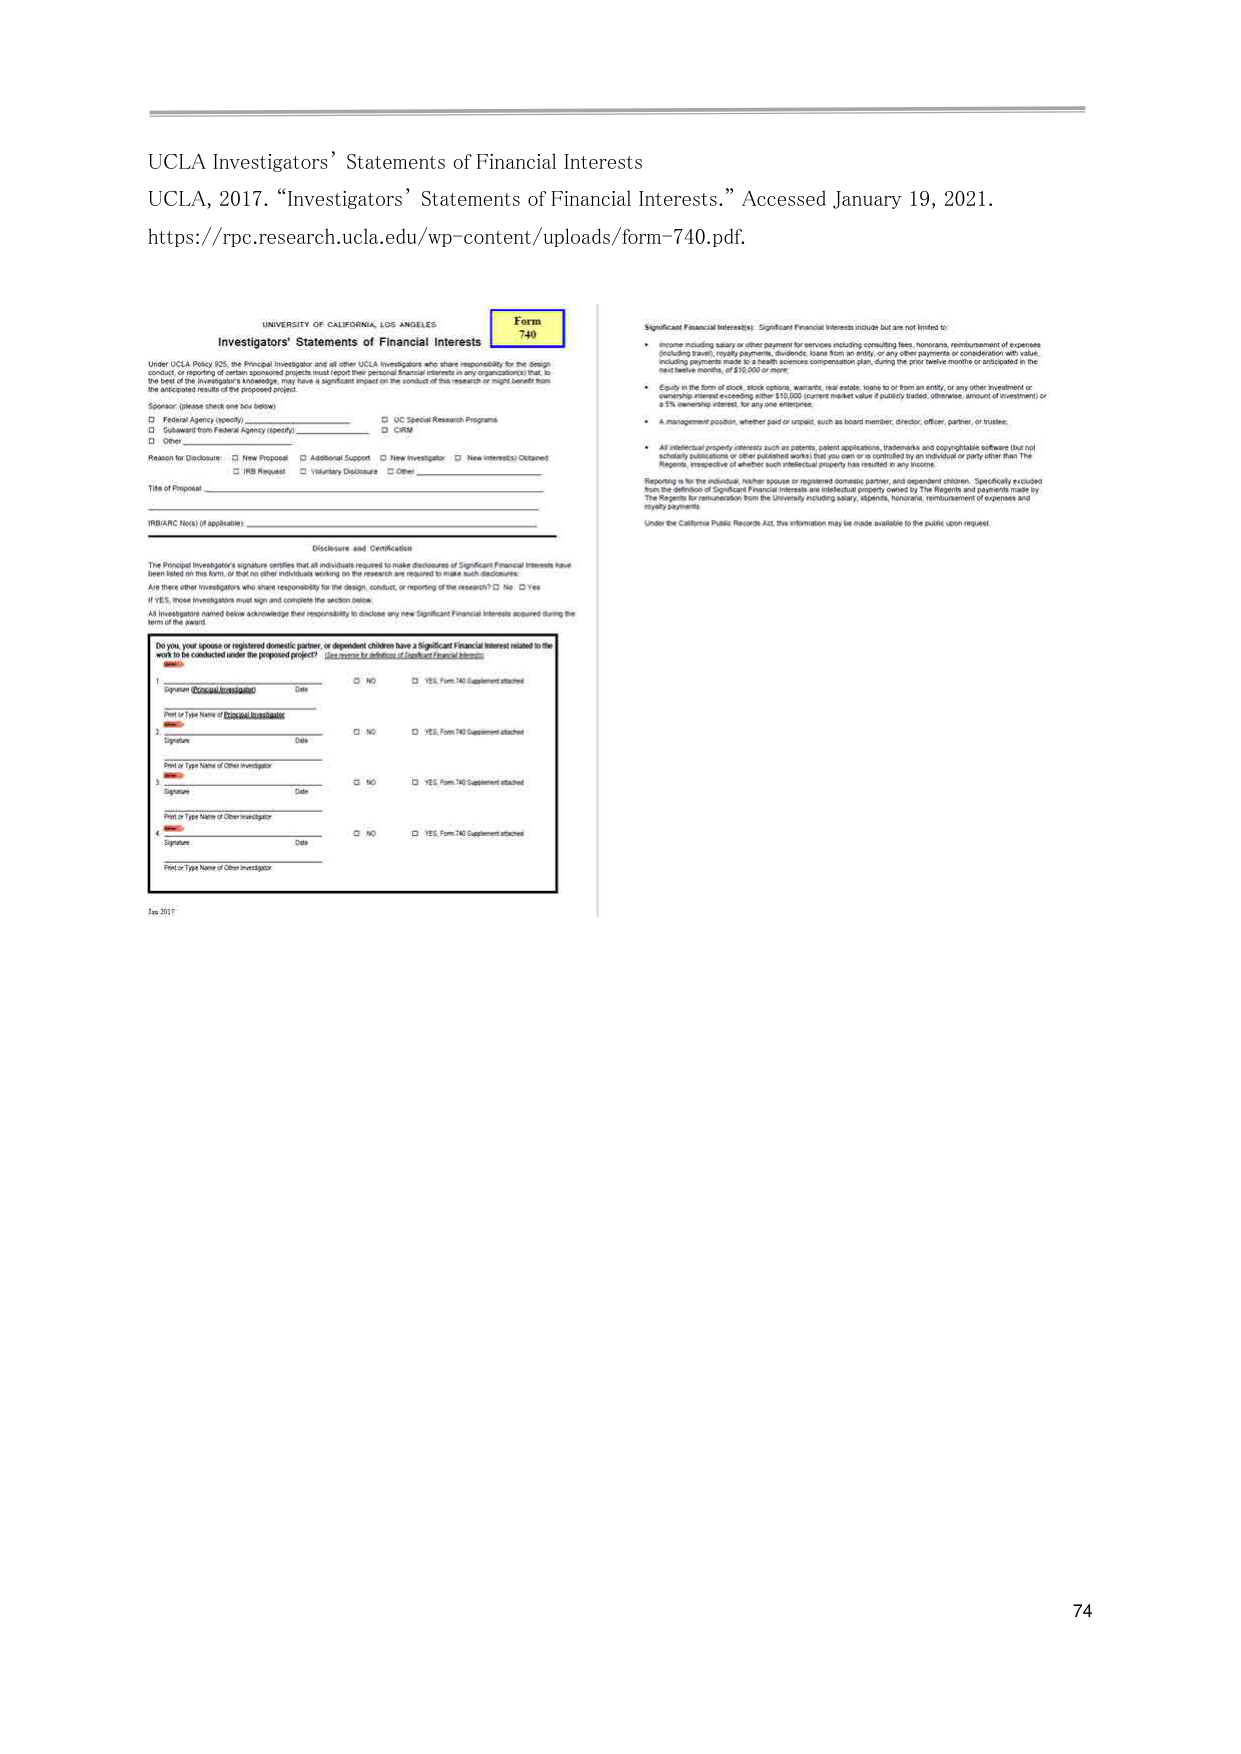
UCLA Investigators’ Statements of Financial Interests
UCLA, 2017. “Investigators’ Statements of Financial Interests.” Accessed January 19, 2021.
https://rpc.research.ucla.edu/wp-content/uploads/form-740.pdf.

UNIVERSITY OF CALIFORNIA, LOS ANGELES
Investigators’ Statements of Financial Interests
Form 740

Under UCLA Policy 935, the Principal Investigator and all other UCLA Investigators who share responsibility for the design, conduct, or reporting of certain sponsored projects must report their personal financial interests in any organization(s) that, to the best of the investigator’s knowledge, may have a significant impact on the conduct of this research or might benefit from the anticipated results of the proposed project.

Sponsor: (please check one box below)
□ Federal Agency (specify) ________________________
□ UC Special Research Programs
□ Subaward from Federal Agency (specify) ____________
□ CIRM
□ Other ________________________

Reason for Disclosure:
□ New Proposal
□ Additional Support
□ New Investigator
□ New Interest(s) Obtained
□ IRB Request
□ Voluntary Disclosure
□ Other ________________________

Title of Proposal: ___________________________________________________________

IRB/ARC No(s) (if applicable): _______________________________________________

Disclosure and Certification
The Principal Investigator’s signature certifies that all individuals required to make disclosures of Significant Financial Interests have been listed on this form, or that no other individuals working on the research are required to make such disclosures.
Are there other investigators who share responsibility for the design, conduct, or reporting of the research? □ No □ Yes
If YES, those investigators must sign and complete the section below.
All investigators named below acknowledge their responsibility to disclose any new Significant Financial Interest acquired during the term of the award.

Do you, your spouse or registered domestic partner, or dependent children have a Significant Financial Interest related to the work to be conducted under the proposed project?
(See reverse for definition of Significant Financial Interest)

1. Signature (Principal Investigator)
Date
□ NO
□ YES, Form 740 Supplement attached
Print or Type Name of Principal Investigator

2. Signature
Date
□ NO
□ YES, Form 740 Supplement attached
Print or Type Name of Other Investigator

3. Signature
Date
□ NO
□ YES, Form 740 Supplement attached
Print or Type Name of Other Investigator

4. Signature
Date
□ NO
□ YES, Form 740 Supplement attached
Print or Type Name of Other Investigator

Jan 2017

Significant Financial Interest(s): Significant Financial Interests include but are not limited to:
• Income including salary or other payment for services including consulting fees, honoraria, reimbursement of expenses (including travel), royalty payments, dividends, loans from an entity, or any other payments or consideration with value, including payments made to a health sciences compensation plan, during the prior twelve months or anticipated in the next twelve months, of $10,000 or more;
• Equity in the form of stock, stock options, warrants, real estate, loans to or from an entity, or any other investment or ownership interest exceeding either $10,000 (current market value if publicly traded, otherwise, amount of investment) or a 5% ownership interest, for any one enterprise;
• A management position, whether paid or unpaid, such as board member, director, officer, partner, or trustee;
• All intellectual property interests such as patents, patent applications, trademarks and copyrightable software (but not scholarly publications or other published works) that you own or is controlled by an individual or party other than The Regents, irrespective of whether such intellectual property has resulted in any income.

Reporting is for the individual, his/her spouse or registered domestic partner, and dependent children. Specifically excluded from the definition of Significant Financial Interests are intellectual property owned by The Regents and payments made by The Regents for remuneration from the University including salary, stipends, honoraria, reimbursement of expenses and royalty payments.

Under the California Public Records Act, this information may be made available to the public upon request.

74